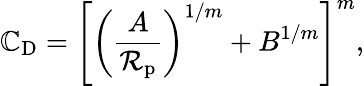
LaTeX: \mathbb{C}_{\mathrm{{D}}}=\left[\left(\frac{{A}}{{\mathcal{{R}}_{\mathrm{{p}}}}}\right)^{1/m}+B^{1/m}\right]^{m},